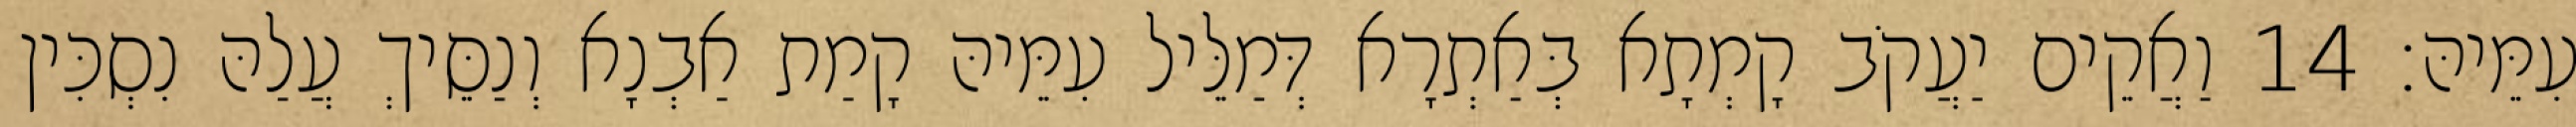
עִמֵּיהּ׃ 14 וַאֲקֵים יַעֲקֹב קָמְתָא בְּאַתְרָא דְּמַלֵּיל עִמֵּיהּ קָמַת אַבְנָא וְנַסֵּיךְ עֲלַהּ נִסְכִּין